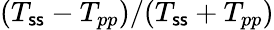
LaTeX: (T_{\mathsf{s}\mathsf{s}}-T_{pp})/(T_{\mathsf{s}\mathsf{s}}+T_{pp})